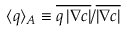
\langle q \rangle _ { A } \equiv \overline { { q \left\vert \nabla c \right\vert } } / \overline { { \left\vert \nabla c \right\vert } }